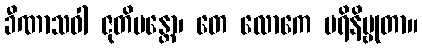
ခီဏာသဝါ ဇုတိမန္တော၊ တေ လောကေ ပရိနိဗ္ဗုတာ။